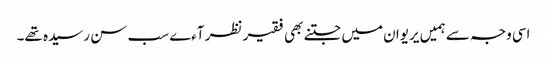
اسی وجہ سے ہمیں یریوان میں جتنے بھی فقیر نظر آءے سب سن رسیدہ تھے۔